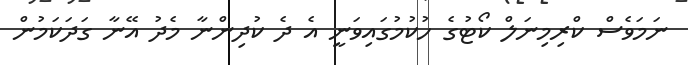
ނަމަވެސް ކްރިމިނަލް ކޯޓުގެ ހުކުމުގައިވަނީ އެ ދެ ކުދިންނާ މެދު އޭނާ ގަދަކަމުން